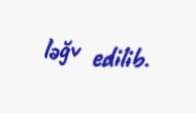
ləğv edilib.